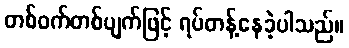
တစ်ဝက်တစ်ပျက်ဖြင့် ရပ်တန့်နေခဲ့ပါသည်။